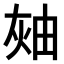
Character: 𤉓